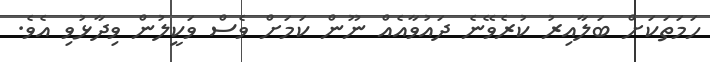
ހަމަތަކަށް ބަލާއިރު ކުރެވޭނެ ދައުވާއެއް ނޫން ކަމަށް ވެސް ވަކީލުން ވިދާޅުވި އެވެ.